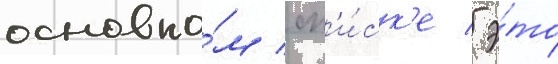
основно́м сп'и́ск'е / э́то